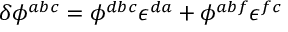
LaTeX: \delta \phi ^ { a b c } = \phi ^ { d b c } \epsilon ^ { d a } + \phi ^ { a b f } \epsilon ^ { f c }